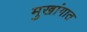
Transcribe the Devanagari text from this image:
मुखांगात